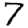
Digit: 7